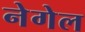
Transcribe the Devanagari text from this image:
नेगेल